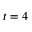
t = 4